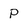
Character: P